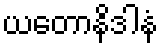
ယတောနိဒါနံ